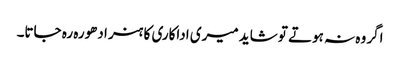
اگر وہ نہ ہوتے تو شاید میری اداکاری کا ہنر ادھورہ رہ جاتا۔